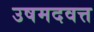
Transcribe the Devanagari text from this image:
उषमदवत्त